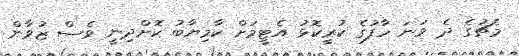
މެޗުގެ ދެ ވަނަ ހާފުގެ ކުރީކޮޅު އެޓީމަށް ކާމިޔާބު ކޮށްދިނީ ވެސް ޒުވާން